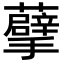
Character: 𮓂